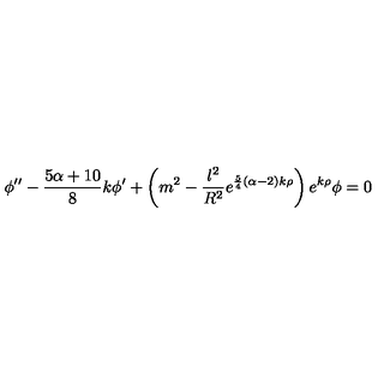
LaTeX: \phi ^ { \prime \prime } - { \frac { 5 \alpha + 1 0 } { 8 } } k \phi ^ { \prime } + \left( m ^ { 2 } - { \frac { l ^ { 2 } } { R ^ { 2 } } } e ^ { { \frac { 5 } { 4 } } ( \alpha - 2 ) k \rho } \right) e ^ { k \rho } \phi = 0